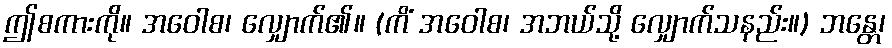
ဤစကားကို။ အဝေါစ၊ လျှောက်၏။ (ကိံ အဝေါစ၊ အဘယ်သို့ လျှောက်သနည်း။) ဘန္တေ၊